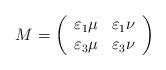
LaTeX: \begin{align*}M=\left( \begin{array}{cc}\varepsilon_1\mu& \varepsilon_1\nu \\\varepsilon_3\mu&\varepsilon_{3}\nu \end{array}\right) \end{align*}